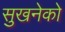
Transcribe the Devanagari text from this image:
सुखनेको